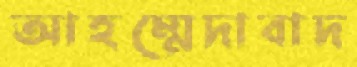
আহম্মেদাবাদ